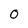
Character: 0